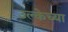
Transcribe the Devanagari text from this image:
उल्केच्या